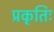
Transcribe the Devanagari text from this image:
प्रकृतिः